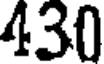
430